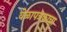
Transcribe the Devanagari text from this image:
वेळापत्रकाचा